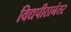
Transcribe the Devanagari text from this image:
विद्यपीठानंतर